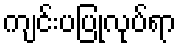
ကျင်းပပြုလုပ်ရာ